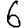
Digit: 6